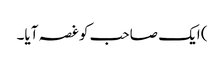
) ایک صاحب کو غصہ آیا۔